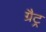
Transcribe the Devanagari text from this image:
ग्रैट्र